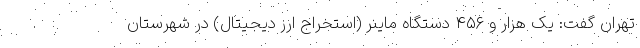
تهران گفت: یک هزار و ۴۵۶ دستگاه ماینر (استخراج ارز دیجیتال) در شهرستان